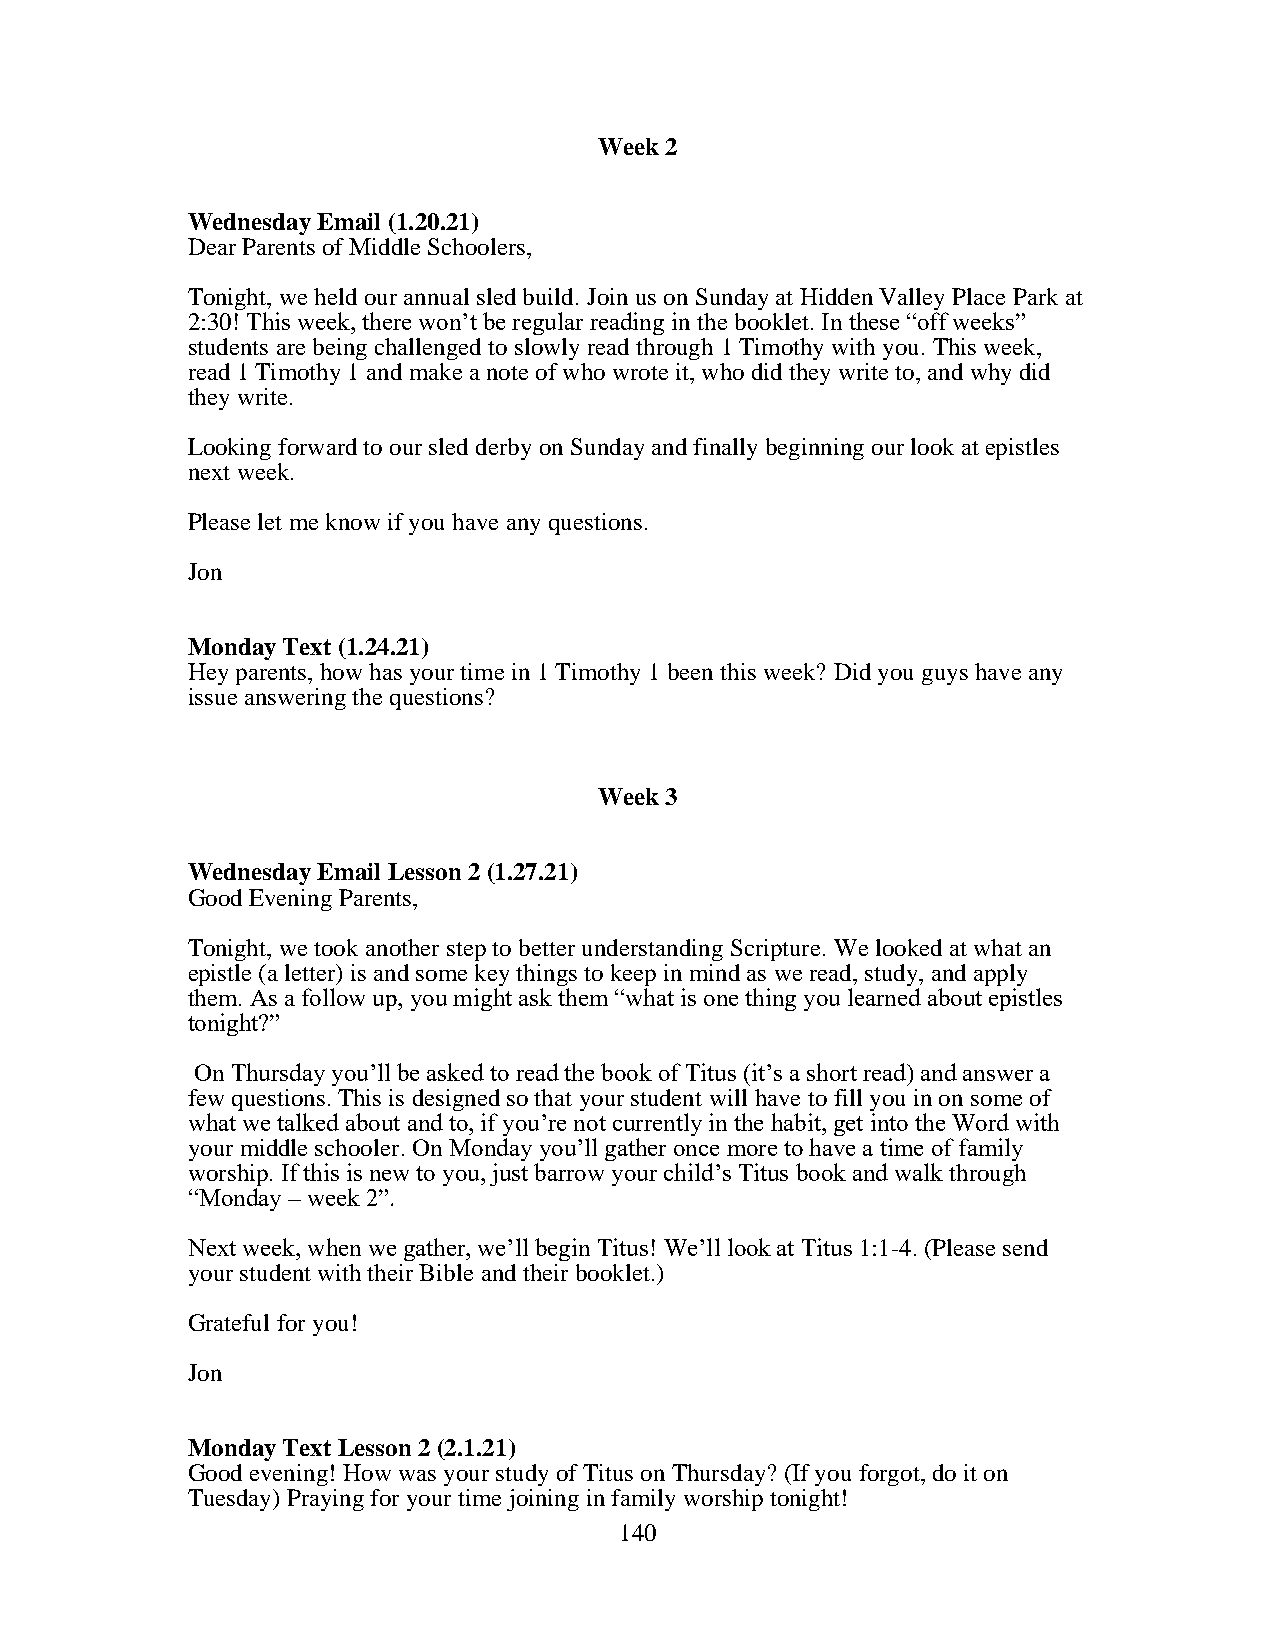
Week 2
 Wednesday Email (1.20.21)
 Dear Parents of Middle Schoolers,
 Tonight, we held our annual sled build. Join us on Sunday at Hidden Valley Place Park at
 2:30! This week, there won’t be regular reading in the booklet. In these “off weeks”
 students are being challenged to slowly read through 1 Timothy with you. This week,
 read 1 Timothy 1 and make a note of who wrote it, who did they write to, and why did
 they write.
 Looking forward to our sled derby on Sunday and finally beginning our look at epistles
 next week.
 Please let me know if you have any questions.
 Jon
 Monday Text (1.24.21)
 Hey parents, how has your time in 1 Timothy 1 been this week? Did you guys have any
 issue answering the questions?
 Week 3
 Wednesday Email Lesson 2 (1.27.21)
 Good Evening Parents,
 Tonight, we took another step to better understanding Scripture. We looked at what an
 epistle (a letter) is and some key things to keep in mind as we read, study, and apply
 them. As a follow up, you might ask them “what is one thing you learned about epistles
 tonight?”
 On Thursday you’ll be asked to read the book of Titus (it’s a short read) and answer a
 few questions. This is designed so that your student will have to fill you in on some of
 what we talked about and to, if you’re not currently in the habit, get into the Word with
 your middle schooler. On Monday you’ll gather once more to have a time of family
 worship. If this is new to you, just barrow your child’s Titus book and walk through
 “Monday – week 2”.
 Next week, when we gather, we’ll begin Titus! We’ll look at Titus 1:1-4. (Please send
 your student with their Bible and their booklet.)
 Grateful for you!
 Jon
 Monday Text Lesson 2 (2.1.21)
 Good evening! How was your study of Titus on Thursday? (If you forgot, do it on
 Tuesday) Praying for your time joining in family worship tonight!
 140